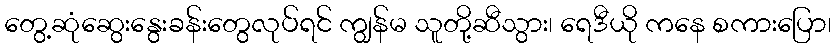
တွေ့ဆုံဆွေးနွေးခန်းတွေလုပ်ရင် ကျွန်မ သူတို့ဆီသွား၊ ရေဒီယို ကနေ စကားပြော၊